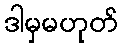
ဒါမှမဟုတ်